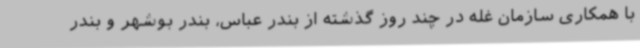
با همکاری سازمان غله در چند روز گذشته از بندر عباس، بندر بوشهر و بندر